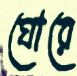
ঘোরে